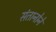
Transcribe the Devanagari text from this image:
संतानोने